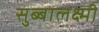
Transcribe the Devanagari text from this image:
सुब्बालक्ष्मी